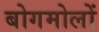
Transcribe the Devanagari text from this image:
बोगमोलों